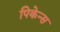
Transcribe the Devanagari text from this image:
पिकेन्स